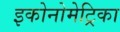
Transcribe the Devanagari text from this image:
इकोनोमेट्रिका